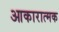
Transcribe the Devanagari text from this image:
आकारात्मक